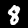
Digit: 8